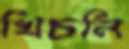
খিচনি